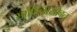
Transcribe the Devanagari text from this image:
साफिनासोबत